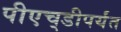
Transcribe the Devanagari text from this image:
पीएच्‌डीपर्यंत